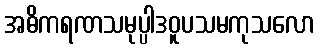
အဓိကရဏသမုပ္ပါဒဝူပသမကုသလော